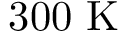
3 0 0 \ \mathrm { K }